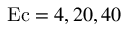
\mathrm { E c } = 4 , 2 0 , 4 0